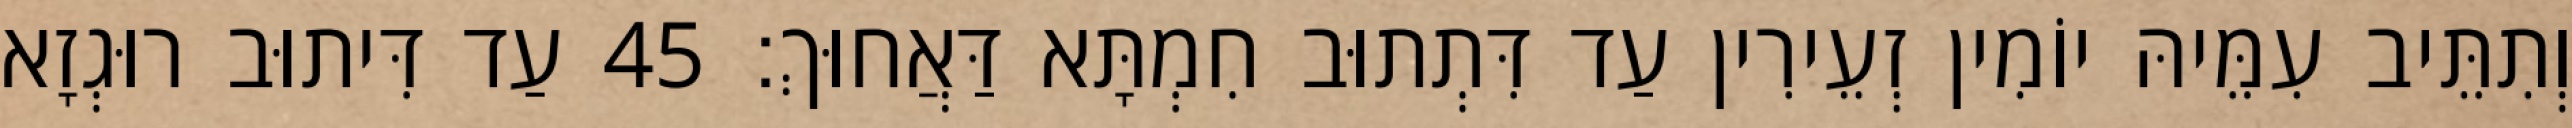
וְתִתֵּיב עִמֵּיהּ יוֹמִין זְעֵירִין עַד דִּתְתוּב חִמְתָּא דַּאֲחוּךְ׃ 45 עַד דִּיתוּב רוּגְזָא